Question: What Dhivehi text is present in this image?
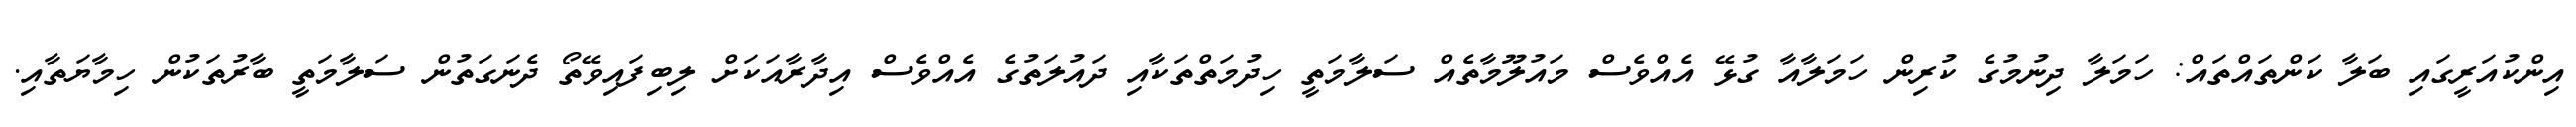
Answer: އިންކުއަރީގައި ބަލާ ކަންތައްތައް: ހަމަލާ ދިނުމުގެ ކުރިން ހަމަލާއާ ގުޅޭ އެއްވެސް މައުލޫމާތެއް ސަލާމަތީ ހިދުމަތްތަކާއި ދައުލަތުގެ އެއްވެސް އިދާރާއަކަށް ލިބިފައިވޭތޯ ދެނަގަތުން ސަލާމަތީ ބާރުތަކުން ހިމާޔަތާއި.